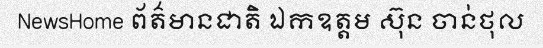
NewsHome ព័ត៌មានជាតិ ឯកឧត្តម ស៊ុន ចាន់ថុល